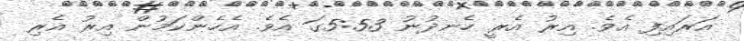
އަރައިފި އެވެ. އިރު އެރީ ހެނދުނު 5:53ގަ އެވެ. އެހެންކަމުން އިރު އެރި